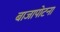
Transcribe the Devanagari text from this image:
बाजापोटना